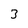
Character: 3